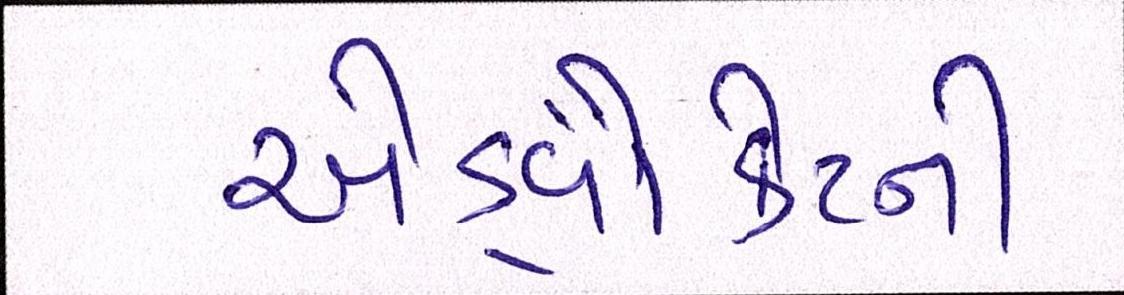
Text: એડ્વોકેટની